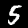
Label: 5